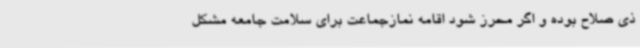
ذی صلاح بوده و اگر محرز شود اقامه نمازجماعت برای سلامت جامعه مشکل